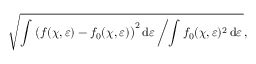
\sqrt { \int \big ( f ( \chi , \varepsilon ) - f _ { 0 } ( \chi , \varepsilon ) \big ) ^ { 2 } \, \mathrm { d } \varepsilon \left/ \int f _ { 0 } ( \chi , \varepsilon ) ^ { 2 } \, \mathrm { d } \varepsilon \right. } ,